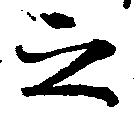
之